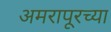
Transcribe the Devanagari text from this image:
अमरापूरच्या